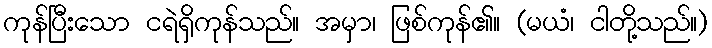
ကုန်ပြီးသော ငရဲရှိကုန်သည်။ အမှာ၊ ဖြစ်ကုန်၏။ (မယံ၊ ငါတို့သည်။)